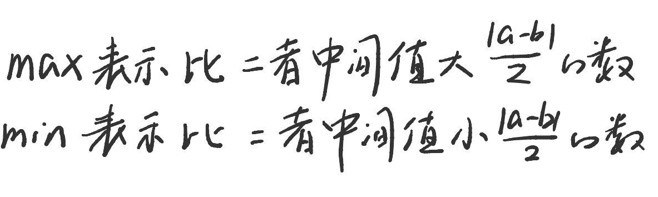
$\max$ 表示比两者中间值大$ \frac{|a - b|}{2} $的数

$\min$ 表示比两者中间值小$ \frac{|a - b|}{2} $的数